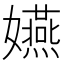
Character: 嬿